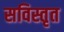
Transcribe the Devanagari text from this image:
सविस्तृत